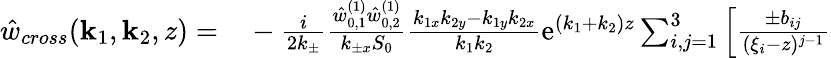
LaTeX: \begin{array}{rl}{\hat{w}_{cross}(\mathbf{k}_{1},\mathbf{k}_{2},z)=}&{{}-\frac{i}{2k_{\pm}}\frac{\hat{w}_{0,1}^{(1)}\hat{w}_{0,2}^{(1)}}{k_{\pm x}S_{0}}\frac{k_{1x}k_{2y}-k_{1y}k_{2x}}{k_{1}k_{2}}\mathrm{e}^{(k_{1}+k_{2})z}\sum_{i,j=1}^{3}\left[\frac{\pm b_{ij}}{(\xi_{i}-z)^{j-1}}\right.}\end{array}